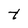
Character: t